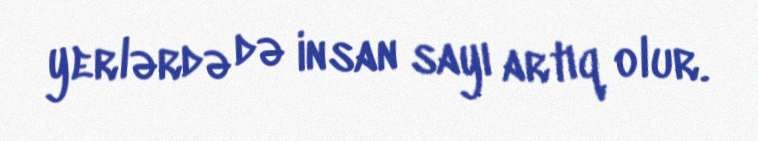
yerlərdə də insan sayı artıq olur.